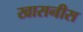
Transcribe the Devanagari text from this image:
खासनीस